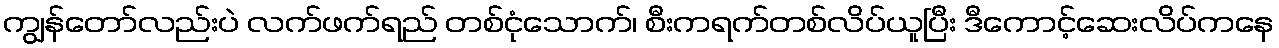
ကျွန်တော်လည်းပဲ လက်ဖက်ရည် တစ်ငုံသောက်၊ စီးကရက်တစ်လိပ်ယူပြီး ဒီကောင့်ဆေးလိပ်ကနေ